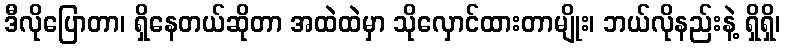
ဒီလိုပြောတာ၊ ရှိနေတယ်ဆိုတာ အထဲထဲမှာ သိုလှောင်ထားတာမျိုး၊ ဘယ်လိုနည်းနဲ့ ရှိရှိ၊